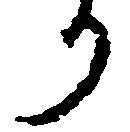
り